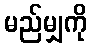
မည်မျှကို